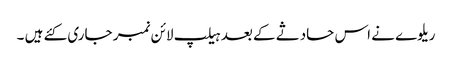
ریلوے نے اس حادثے کے بعد ہیلپ لائن نمبر جاری کئے ہیں ۔